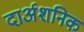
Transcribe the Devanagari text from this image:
दार्अशनिक